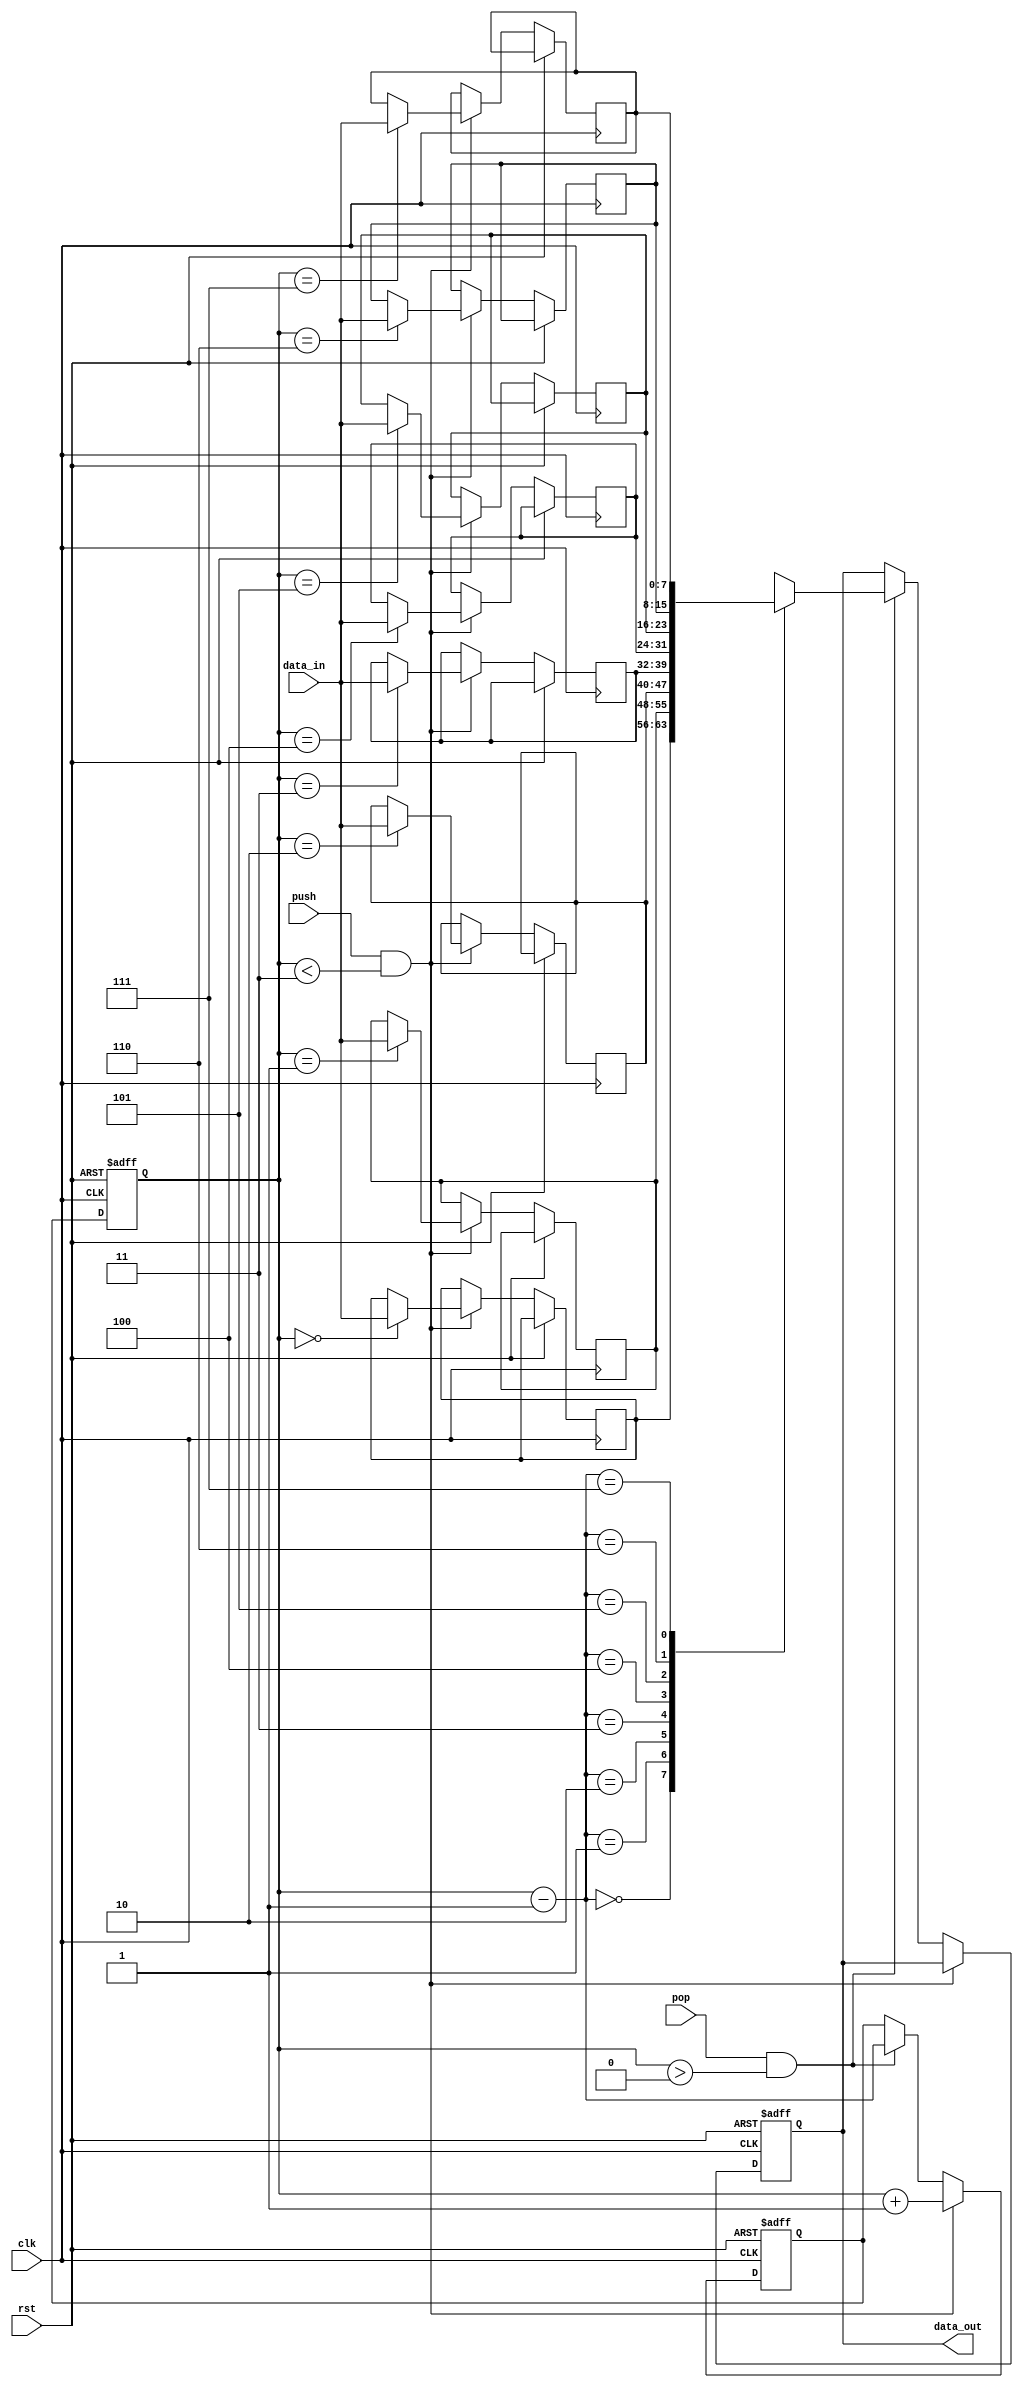
module lifo_stack (
  input wire clk,
  input wire rst,
  input wire push,
  input wire pop,
  input wire [7:0] data_in,
  output reg [7:0] data_out
);

reg [7:0] stack [0:7];
reg [2:0] top;
reg [2:0] next_top;

always @(posedge clk or posedge rst) begin
  if (rst) begin
    top <= 3'b000;
    next_top <= 3'b000;
    data_out <= 8'b0;
  end else begin
    top <= next_top;
    if (push && (top < 3)) begin
      stack[top] <= data_in;
      next_top <= top + 1;
    end else if (pop && (top > 0)) begin
      data_out <= stack[top - 1];
      next_top <= top - 1;
    end
  end
end

endmodule